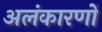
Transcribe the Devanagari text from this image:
अलंकारणों